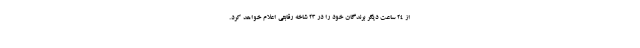
از 24 ساعت دیگر برندگان خود را در 23 شاخه رقابتی اعلام خواهد کرد.